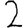
Digit: 2